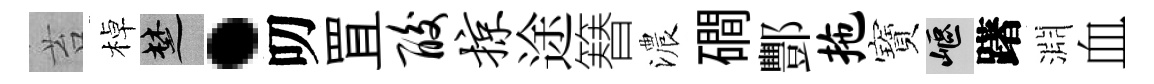
苔棹楚·叨罝酸掠途簮濃磵酆拖寶嶇躇淵血